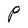
Character: P